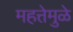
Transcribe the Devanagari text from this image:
महत्तेमुळे